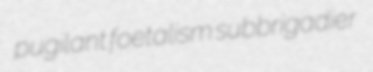
pugilant foetalism subbrigadier